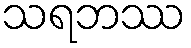
သရဘဿ